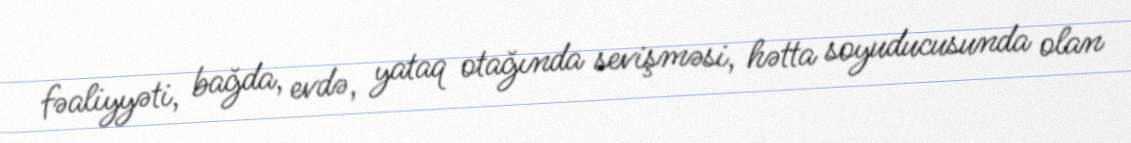
fəaliyyəti, bağda, evdə, yataq otağında sevişməsi, hətta soyuducusunda olan